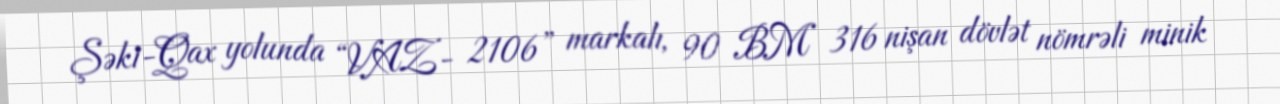
Şəki-Qax yolunda “VAZ- 2106” markalı, 90 BM 316 nişan dövlət nömrəli minik